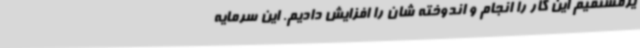
یرمستقیم این کار را انجام و اندوخته شان را افزایش دادیم. این سرمایه